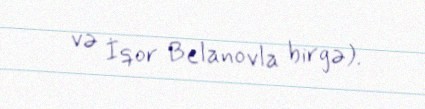
və İqor Belanovla birgə).